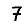
Digit: 7